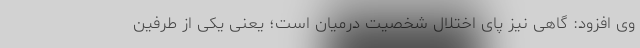
وی افزود: گاهی نیز پای اختلال شخصیت درمیان است؛ یعنی یکی از طرفین